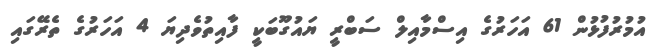
އުމުރުފުޅުން 61 އަހަރުގެ އިސްމާއިލް ސަބްރީ ޔައުގޫބަކީ ފާއިތުވެދިޔަ 4 އަހަރުގެ ތެރޭގައި